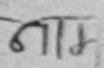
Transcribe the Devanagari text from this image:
नाम